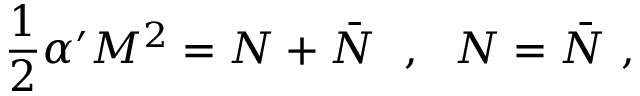
\frac { 1 } { 2 } \alpha ^ { \prime } M ^ { 2 } = N + \bar { N } \ \ , \ \ N = \bar { N } \ ,